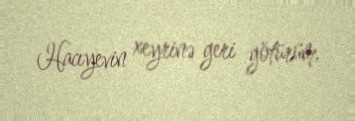
Hacıyevin xeyrinə geri götürüm.